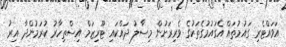
އަވައްޓެރި ގައުމުތައް އެގައުމުގެތަކުގެ ވެރިރަށުން މިސާލު ދައްކައި ޓޫރިޒަމް އިސްތިހާރު ކުރަމުންދާ އިރު